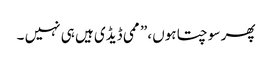
پھر سوچتا ہوں ،” ممی ڈیڈی ہیں ہی نہیں ۔